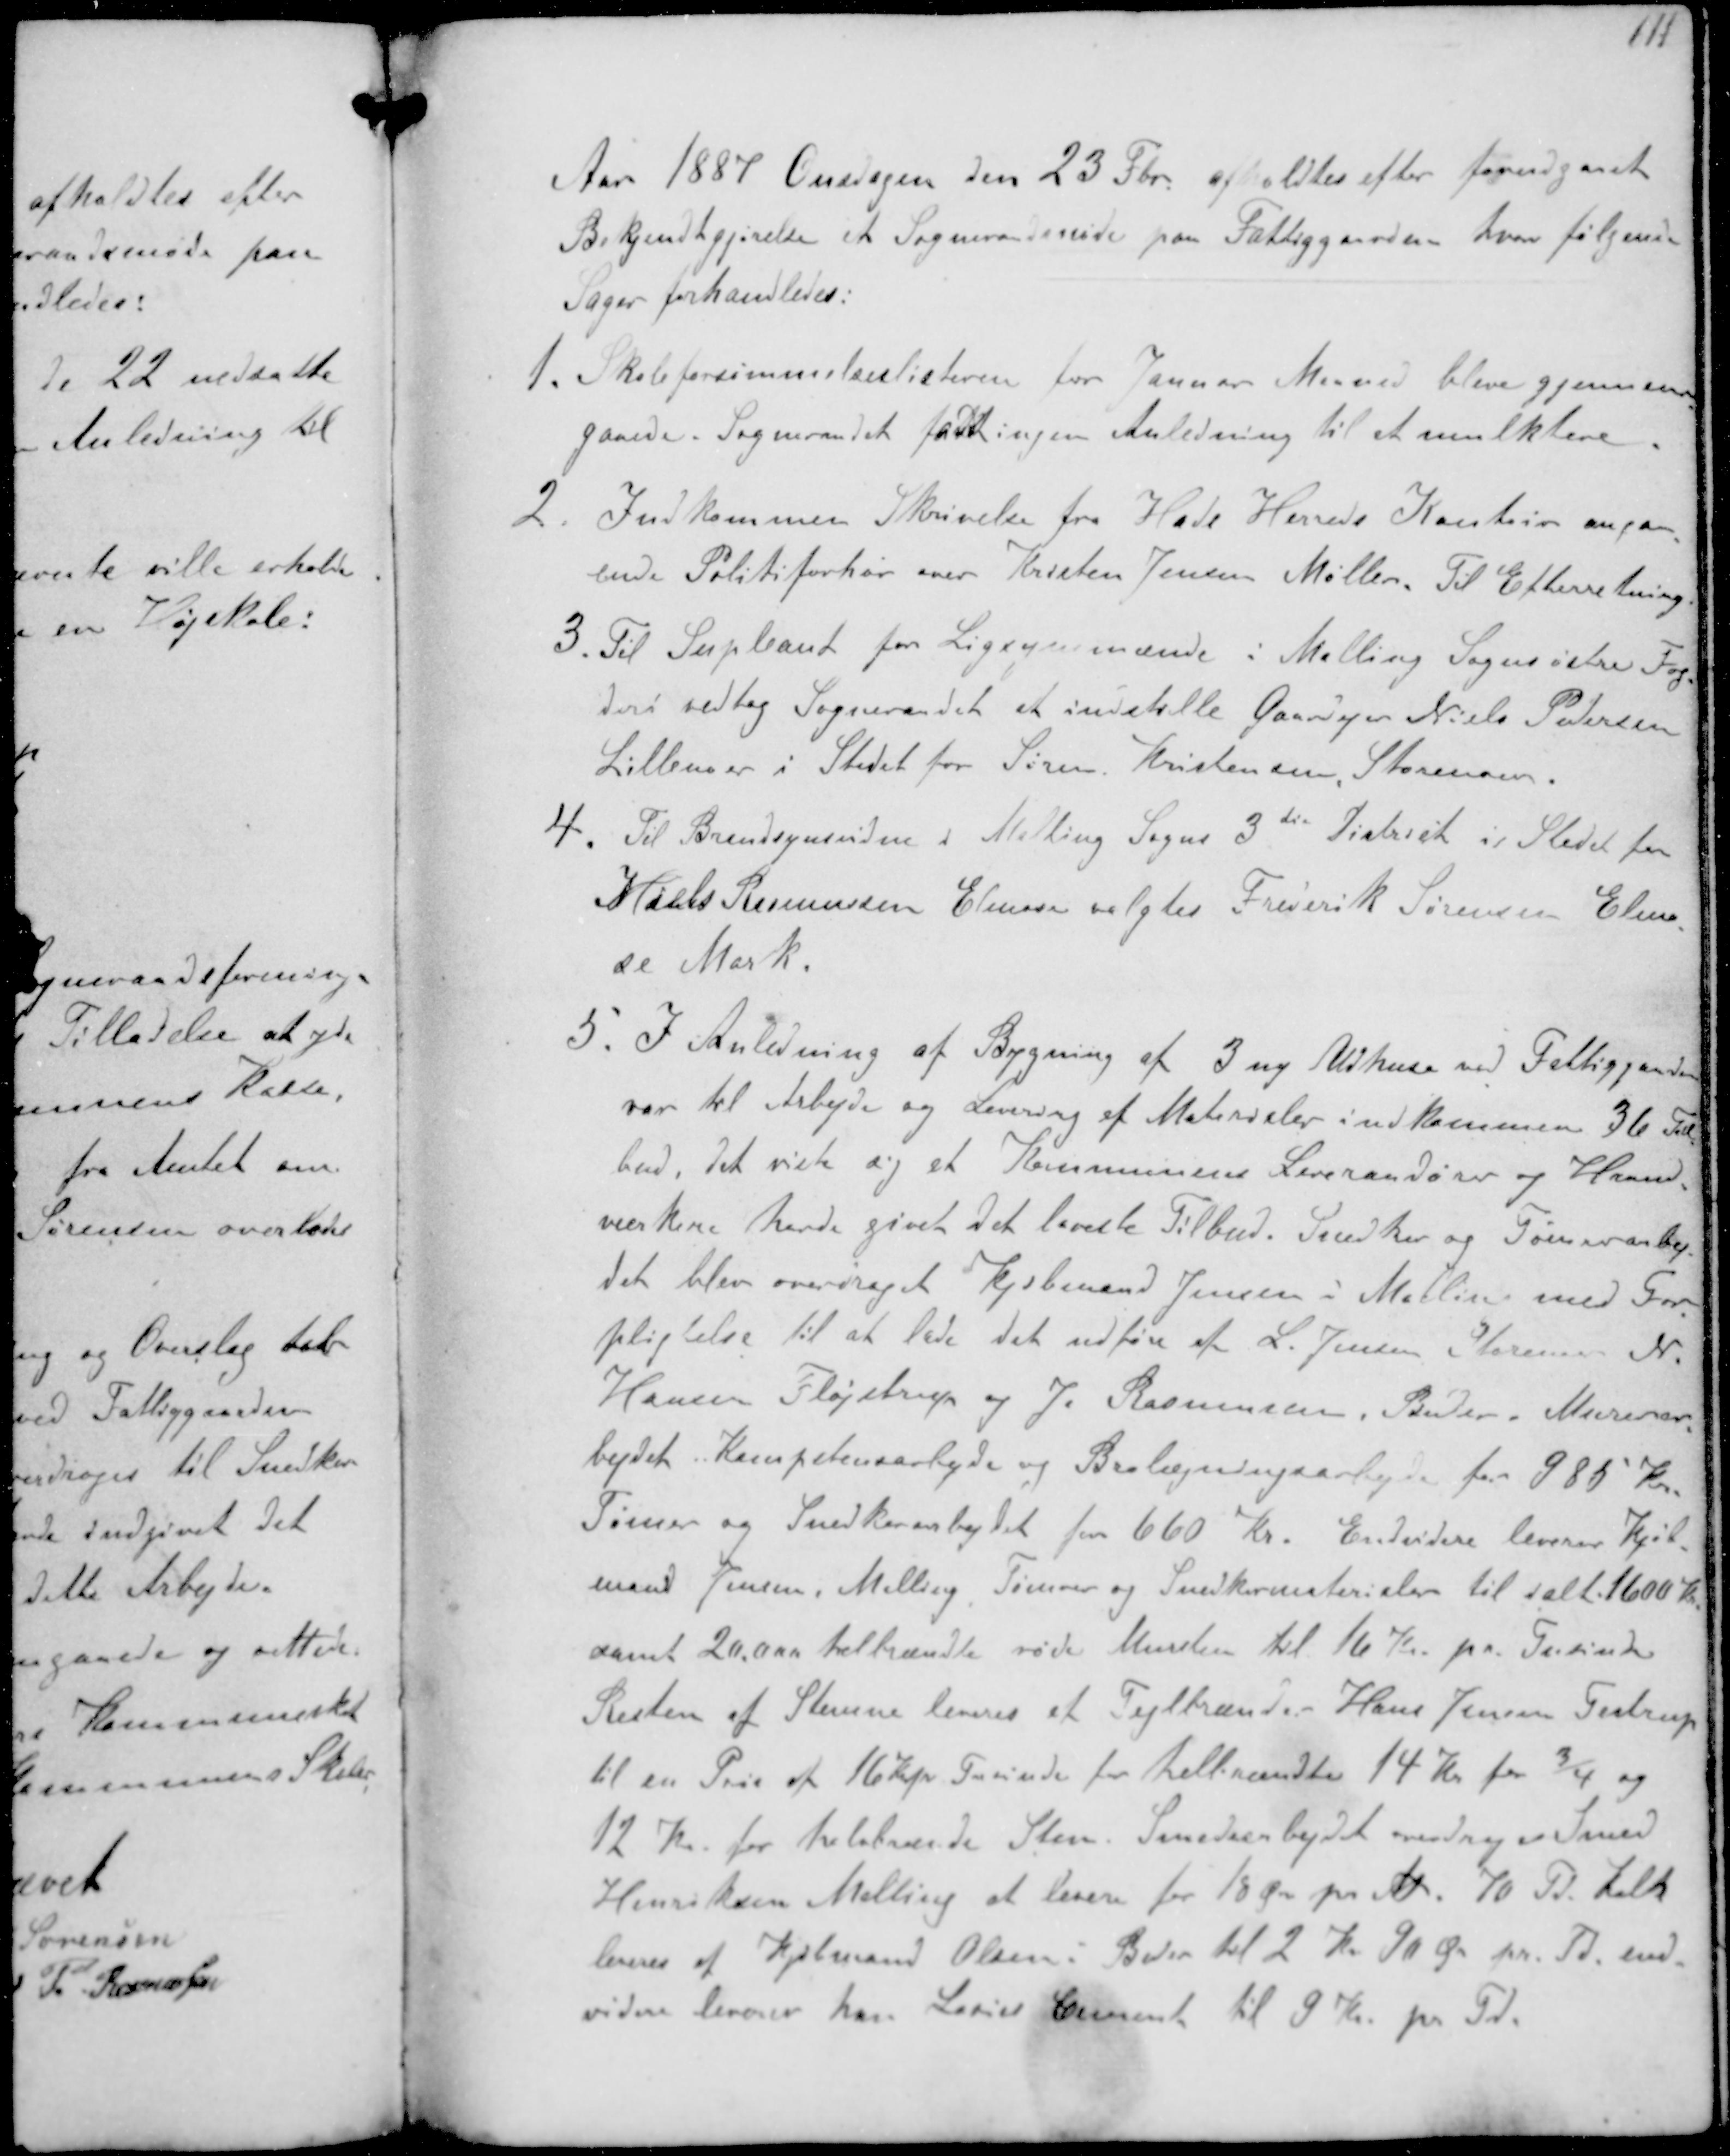
Transskription:
Aar 1887 Onsdagen den 23 Fbr afholdtes efter forudgaaet
Bekjendtgjørelse et Sogneraadsmøde paa Fattiggaarden hvor følgende
Sager forhandledes:
1. Skoleforsømmelseslisterne for Januar Maaned blev gjennem-
gaaede. Sogneraadet fast ingen Anledning til at mulktere
2. Indkommen skrivelse fra Hads Herreds Kontor angaa-
ende Politiforhør over Kristen Jensen Møller Til Efterretning
3. Til Supleant for Ligsynsmænd i Malling Sogns østre Fog-
deri vedtog Sogneraadet at indstille Gaardejer Niels Pedersen
Lillenoer i Stedet for Søren Kristensen Storenoer.
4. Til Brandsynsvidne i Malling Sogns 3de District i Stedet for
Mads Rasmussen Elmose valgtes Frederik Sørensen Elmo-
se Mark.
5. I Anledning af Bygning af 3 ny Udhuse ved Fattiggaarden
var til Arbejde og Levering af Materialer indkommen 36 Til-
bud, det viste sig at Kommunens Leverandører og Haand-
værkere havde givet det laveste Tilbud. Snedker og Tømmerarbej-
det blev overdraget Kjøbmand Jensen i Malling med For-
pligtelse til at lade det udføre af L. Jensen Storenor N
Hansen Fløjstrup og J. Rasmussen, Beder, Murerar-
bejdet. Kompetensarbejde og Brolægningsarbejde for 985 Kr
Tømrer og Snedkerarbejdet for 660 Kr. Endvidere leverer Kjøb-
mand Jensen, Malling Tømrer og Snedkermsterialer til ialt 1600 Kr.
samt 20.000 helbrændte røde Mursten til 16 Kr pr Tusinde
Resten af Stenene leveres at Teglbrænder Hans Jensen, Testrup
til en Pris af 16 Kr. unde for helbrændte 14 Kr for 3/4 og
12 Kr for halvbrænde Sten, Smedearbejdet overdroges Smed
Henriksen Malling at levere for 18 Ør pr M. 70 Td Kalk
leveres af Købmand Olsen i Beder til 2 Kr 90 Ø pr. Td end-
videre leverer han  Cement til 9 Kr pr Td.